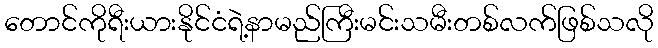
တောင်ကိုရီးယားနိုင်ငံရဲ့နာမည်ကြီးမင်းသမီးတစ်လက်ဖြစ်သလို